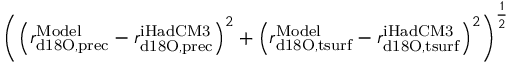
\left( \left( r _ { \mathrm { d 1 8 O , p r e c } } ^ { \mathrm { M o d e l } } - r _ { \mathrm { d 1 8 O , p r e c } } ^ { \mathrm { i H a d C M 3 } } \right) ^ { 2 } + \left( r _ { \mathrm { d 1 8 O , t s u r f } } ^ { \mathrm { M o d e l } } - r _ { \mathrm { d 1 8 O , t s u r f } } ^ { \mathrm { i H a d C M 3 } } \right) ^ { 2 } \right) ^ { \frac { 1 } { 2 } }